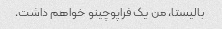
بالیستا، من یک فراپوچینو خواهم داشت.